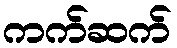
ကက်ဆက်